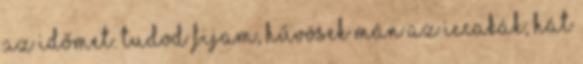
az időmet. Tudod fijam, hűvösek mán az iccakák, hát